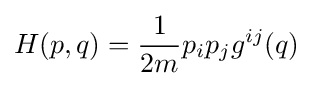
H(p,q)={\frac {1}{2m}}p_{i}p_{j}g^{ij}(q)